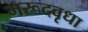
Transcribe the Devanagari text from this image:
मरूदवृधा